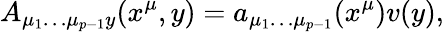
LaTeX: A_{\mu_{1}\dots\mu_{p-1}y}(x^{\mu},y)=a_{\mu_{1}\dots\mu_{p-1}}(x^{\mu})v(y),